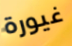
غيورة